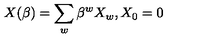
X ( \beta ) = \sum _ { w } \beta ^ { w } X _ { w } , X _ { 0 } = 0